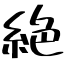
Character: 絶